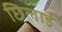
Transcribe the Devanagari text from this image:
छिलाई